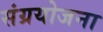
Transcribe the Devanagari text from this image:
संग्रयोजना